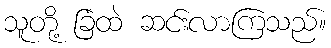
သူတို့ ခြံထဲ ဆင်းလာကြသည်။